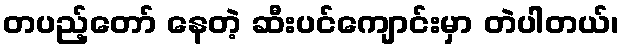
တပည့်တော် နေတဲ့ ဆီးပင်ကျောင်းမှာ တဲပါတယ်၊